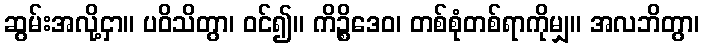
ဆွမ်းအလို့ငှာ။ ပဝိသိတွာ၊ ဝင်၍။ ကိဉ္စိဒေဝ၊ တစ်စုံတစ်ရာကိုမျှ။ အလဘိတွာ၊